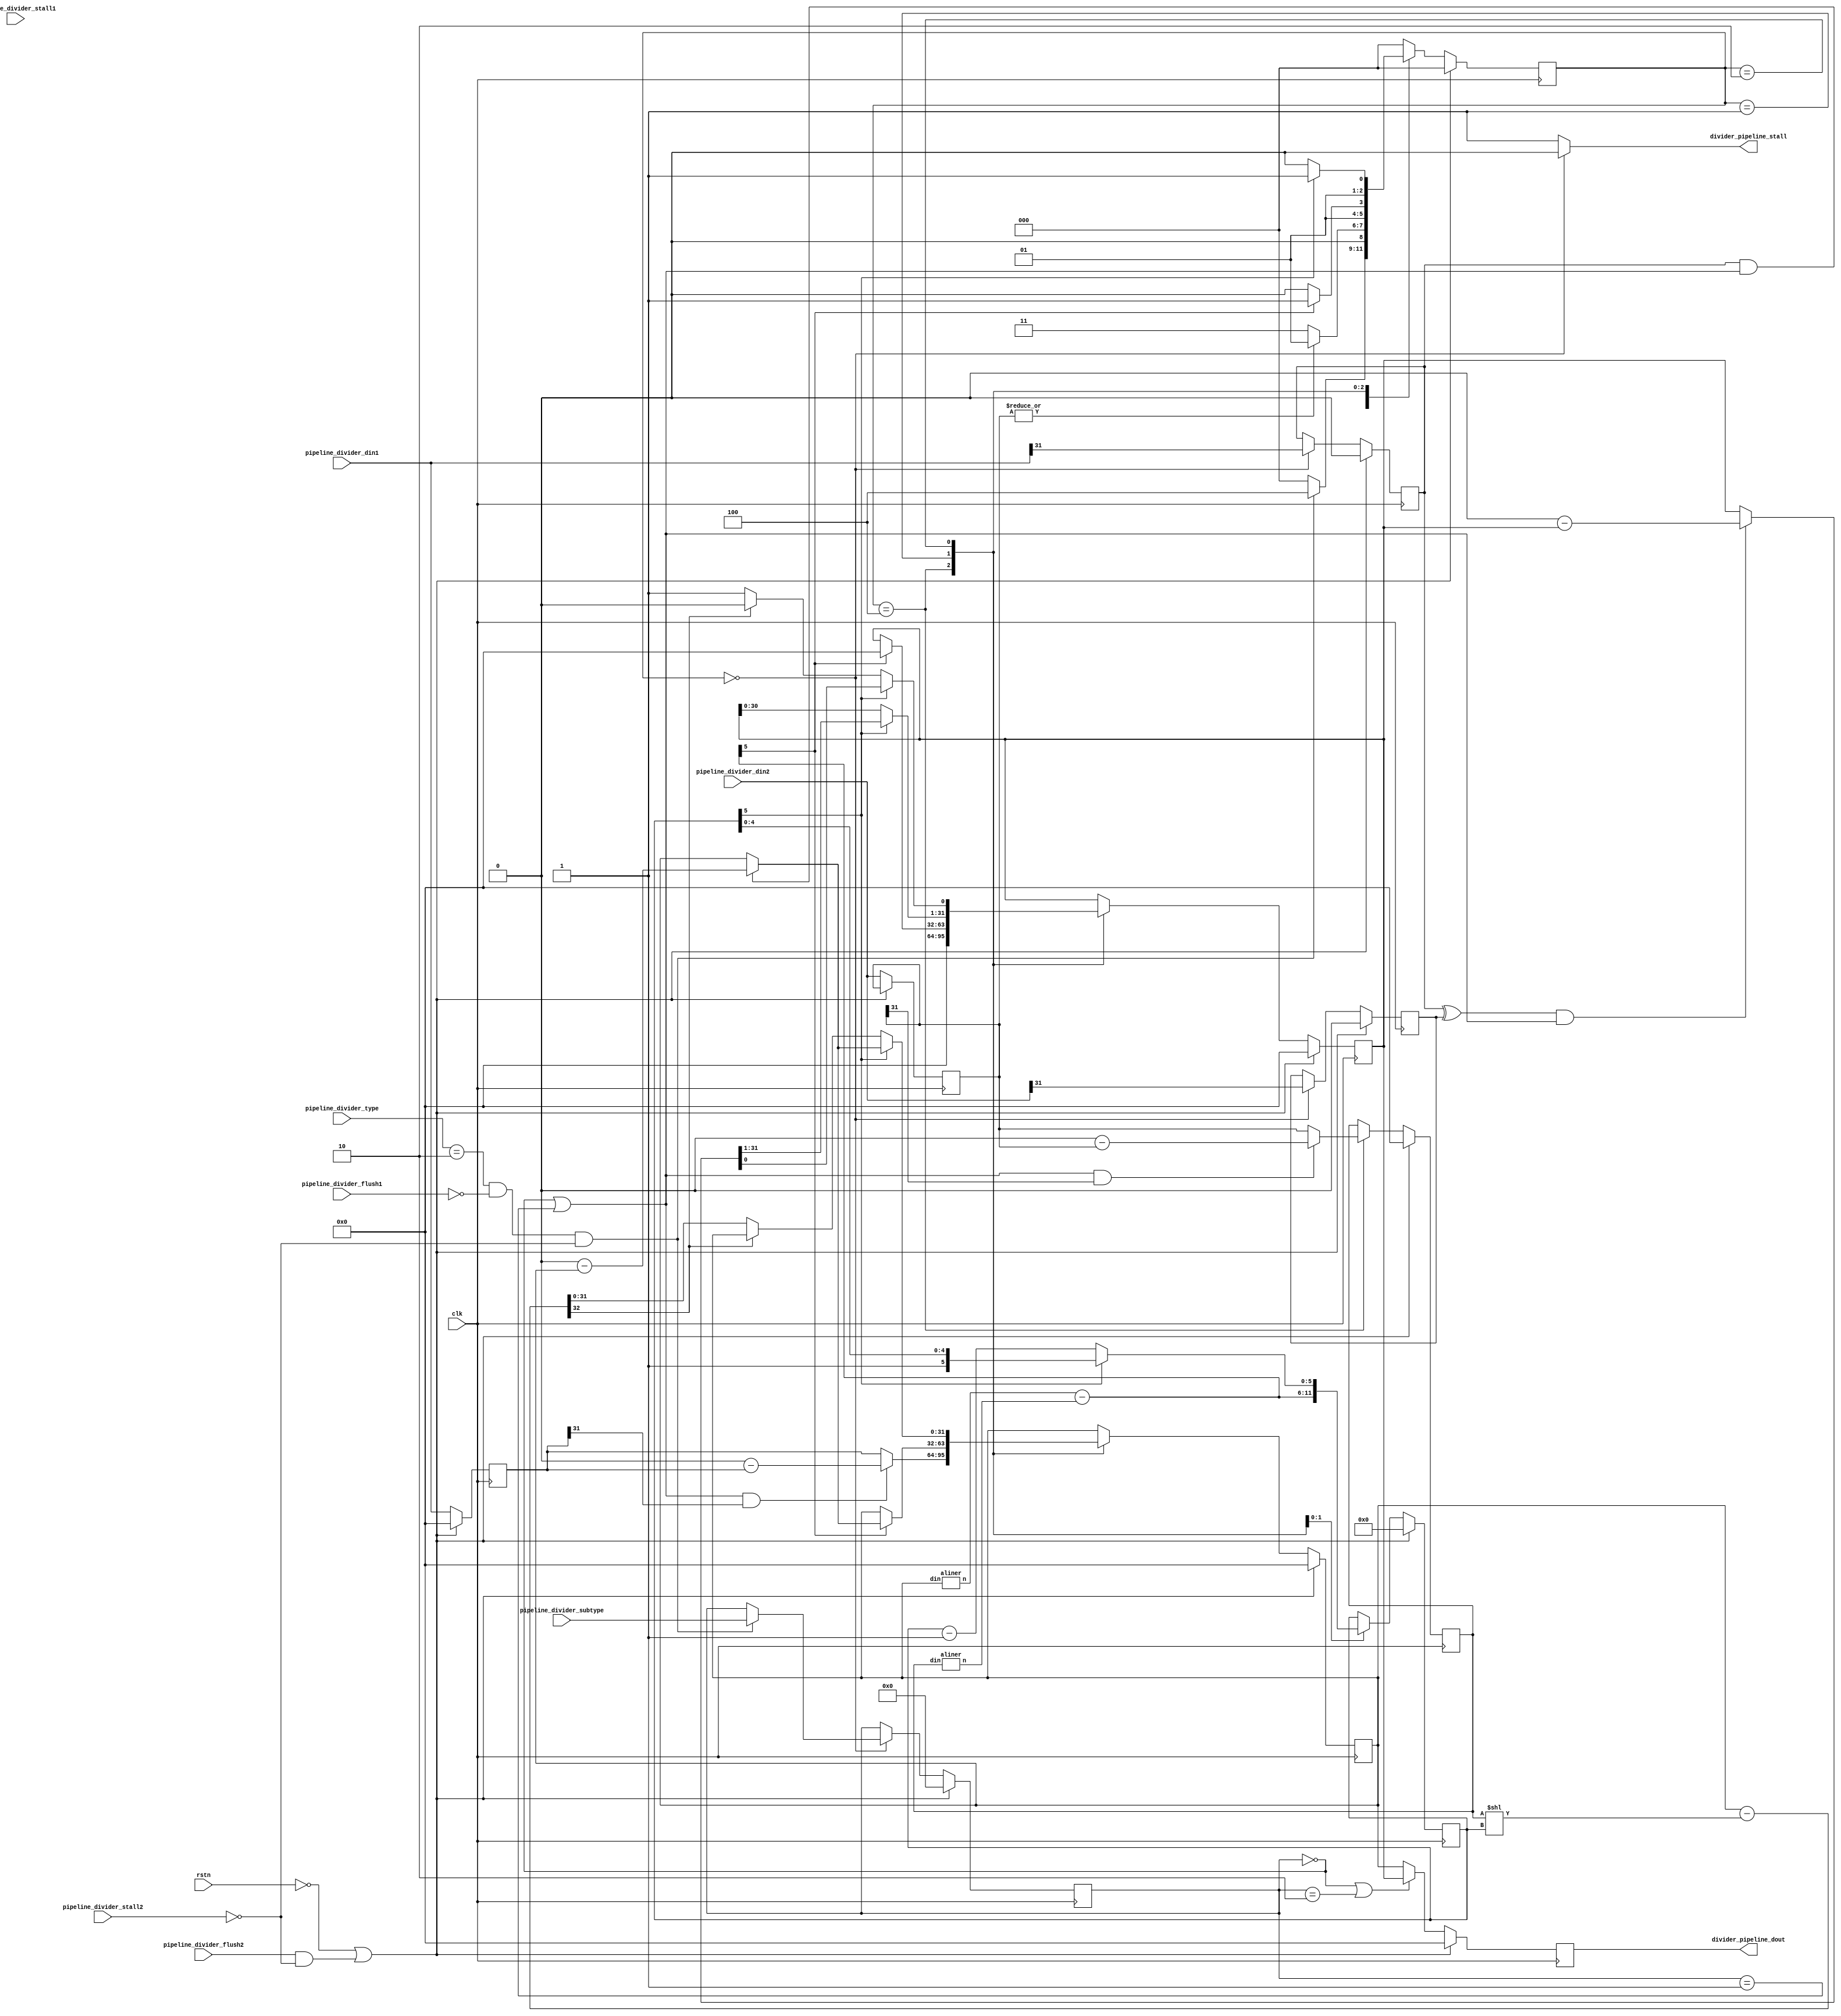
module divider#(//din1/din2
    parameter WIDTH=32
)(
    input clk,rstn,
    input [3:0] pipeline_divider_type,
    input [4:0] pipeline_divider_subtype,
    input pipeline_divider_stall1,
    input pipeline_divider_flush1,
    input pipeline_divider_stall2,
    input pipeline_divider_flush2,
    input [WIDTH-1:0] pipeline_divider_din1,
    input [WIDTH-1:0] pipeline_divider_din2,
    output divider_pipeline_stall,
    output [WIDTH-1:0] divider_pipeline_dout
    
);
    localparam Tdiv=2;
    localparam Wait=0,Aline=1,Div=2,Waitout=3,Datain=4;
    localparam DIVW=0,MODW=1,DIVWU=2,MODWU=3;
    wire exe;reg busy;wire [WIDTH-1:0] din1,din2;
    reg [WIDTH-1:0] din1_reg1,din2_reg1;
    reg [WIDTH-1:0] dout;wire [4:0] mode;reg [4:0]mode_reg,nmode;
    reg [2:0] ns,cs;reg [WIDTH:0]temp;
    reg [WIDTH-1:0] remainder,nremainder,quotient,nquotient,din2_reg,ndin2_reg;
    reg din1s,din2s;
    reg [5:0] counter,ncounter;wire [4:0] n1,n2;
    wire stall1,stall2;wire flush1,flush2;
    assign stall1=pipeline_divider_stall1,flush1=pipeline_divider_flush1;
    assign stall2=pipeline_divider_stall2,flush2=pipeline_divider_flush2;
    assign exe=(pipeline_divider_type==Tdiv) && !flush1 && !stall2;
    assign divider_pipeline_stall=busy,din1=pipeline_divider_din1;
    assign din2=pipeline_divider_din2,divider_pipeline_dout=dout;
    assign mode=pipeline_divider_subtype;
    aliner alin1(.din(remainder),.n(n1));
    aliner alin2(.din(din2_reg),.n(n2));
    always@(posedge(clk))
    begin
    if(!rstn||(flush2 && !stall2))
        begin
        cs<=Wait;
        mode_reg<=DIVW;
        remainder<=0;quotient<=0;
        din1s<=0;din2s<=0;
        din2_reg<=0;
        counter<=0; 
        dout<=0;
        din1_reg1<=0;
        end
    else
        begin
        cs<=ns;
        remainder<=nremainder;
        quotient<=nquotient;
        counter<=ncounter;
        mode_reg<=nmode;
        din2_reg<=ndin2_reg;
        din1_reg1<=din1;din2_reg1<=din2;         
        if(mode_reg==DIVW||mode_reg==DIVWU)
            dout<=quotient;
        else
            dout<=remainder;
        if(cs==Wait)
            begin
            
            din1s<=din1[WIDTH-1];din2s<=din2[WIDTH-1];
            
            end
        end
    end
    always@(*)
    begin
    nremainder=remainder;
    nquotient=quotient;
    ncounter=counter;
    nmode=mode_reg;
    ndin2_reg=din2_reg;
    temp=remainder-({1'b0, din2_reg}<<counter);
    ns=Wait;
    busy=1;
//    dout=0;
//    if(mode_reg==DIVW||mode_reg==DIVWU)
//        dout=quotient;
//    else
//        dout=remainder;
    case(cs)
        Wait:
            begin
            busy=0;
            if(exe)
                begin
                nmode=mode;
                ns=Datain;
                end
            else
                begin
                ns=Wait;
                end
            end
        Datain:
             begin
             if(|din2_reg1)
                    ns=Aline;
                else
                    ns=Waitout; 
             nquotient=0;nremainder=0;
             //nmode=mode;
             if((mode_reg==DIVW||mode_reg==MODW)&&din1_reg1[WIDTH-1])
                 nremainder=0-din1_reg1;
             else
                 nremainder=din1_reg1;
             if((mode_reg==DIVW||mode_reg==MODW)&&din2_reg1[WIDTH-1])
                 ndin2_reg=0-din2_reg1;
             else
                 ndin2_reg=din2_reg1;
             end
        Aline:
            begin
            ncounter={1'b0,n1}-{1'b0,n2};
            if(ncounter[5])
                begin
                ns=Waitout;
                if(din1s&&(mode_reg==DIVW||mode_reg==MODW))
                    nremainder=0-remainder;
                nquotient=0;
                end
            else
                ns=Div;
            end
        Div:
            begin
            if(counter[5])
                begin
                ns=Waitout;
                if(din1s&&(mode_reg==DIVW||mode_reg==MODW))
                    nremainder=0-remainder;
                if(din1s^din2s&&(mode_reg==DIVW||mode_reg==MODW))
                    nquotient=0-quotient;
                end
            else
                begin
                ns=Div;
                ncounter=counter-1;
                nquotient[WIDTH-1:1]=quotient[WIDTH-2:0];
                if(temp[WIDTH]==0)
                    begin
                    nquotient[0]=1;
                    nremainder=temp[WIDTH-1:0];
                    end
                else
                    begin
                    nquotient[0]=0;
                    nremainder=remainder;
                    end
                end
            end
        Waitout:
            begin
            ns=Wait;
            end
        
        
    endcase
    end
    
 
 
 
    
endmodule





module aliner(
    input [31:0] din,
    output reg [4:0] n

);
    reg [15:0]d16;reg [7:0] d8;reg [3:0] d4; reg [1:0] d2; reg d1;
    always@(*)
    begin
    if(|din[31:16])
        begin
        n[4]=1;
        d16=din[31:16];
        end
    else
        begin
        n[4]=0;
        d16=din[15:0];
        end
    if(|d16[15:8])
        begin
        n[3]=1;
        d8=d16[15:8];
        end
    else
        begin
        n[3]=0;
        d8=d16[7:0];
        end
    if(|d8[7:4])
        begin
        n[2]=1;
        d4=d8[7:4];
        end
    else
        begin
        n[2]=0;
        d4=d8[3:0];
        end
    if(|d4[3:2])
        begin
        n[1]=1;
        d2=d4[3:2];
        end
    else
        begin
        n[1]=0;
        d2=d4[1:0];
        end
    if(|d2[1])
        begin
        n[0]=1;
        end
    else
        begin
        n[0]=0;
        end
    end

endmodule